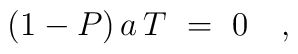
(1-P)\,a\,T\ =\ 0 \quad,